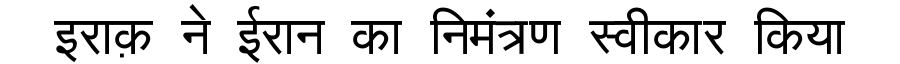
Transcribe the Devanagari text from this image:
इराक़ ने ईरान का निमंत्रण स्वीकार किया